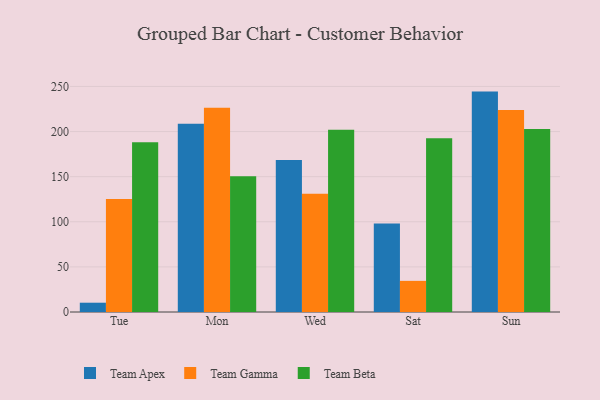
{"axis": {"x": "Day", "y": "Budget (USD K)"}, "legend": ["Team Apex", "Team Beta", "Team Gamma"], "data": [{"x": "Tue", "y": 10.3, "type": "Team Apex"}, {"x": "Tue", "y": 125.3, "type": "Team Gamma"}, {"x": "Tue", "y": 188.1, "type": "Team Beta"}, {"x": "Mon", "y": 208.8, "type": "Team Apex"}, {"x": "Mon", "y": 226.5, "type": "Team Gamma"}, {"x": "Mon", "y": 150.4, "type": "Team Beta"}, {"x": "Wed", "y": 168.4, "type": "Team Apex"}, {"x": "Wed", "y": 131.2, "type": "Team Gamma"}, {"x": "Wed", "y": 202.1, "type": "Team Beta"}, {"x": "Sat", "y": 98.0, "type": "Team Apex"}, {"x": "Sat", "y": 34.5, "type": "Team Gamma"}, {"x": "Sat", "y": 192.7, "type": "Team Beta"}, {"x": "Sun", "y": 244.3, "type": "Team Apex"}, {"x": "Sun", "y": 223.9, "type": "Team Gamma"}, {"x": "Sun", "y": 202.8, "type": "Team Beta"}]}